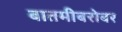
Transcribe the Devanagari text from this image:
बातमीबरोबर